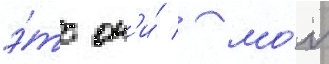
э́то он'и́ / мо́л